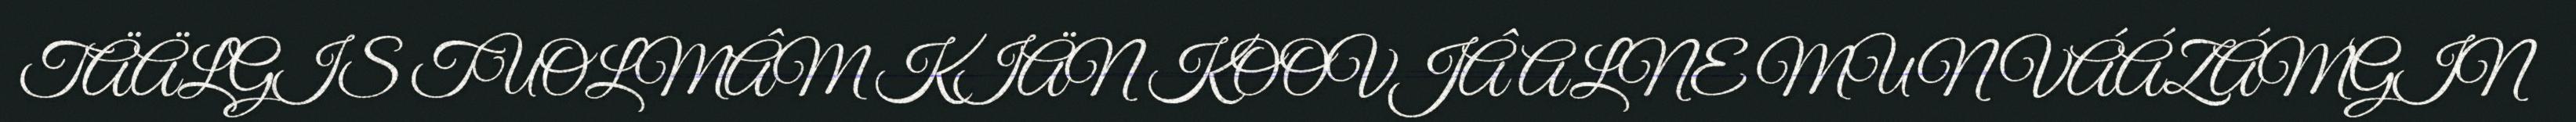
TÄÄLGIS TUOLMÂM KIÄN KOOVJÂ ALNE MUN VÁÁZÁMGIN